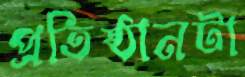
প্রতিষ্ঠানটা